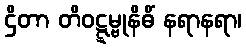
ဌိတာ တိဝဋ္ဋမ္ဗုနိဓိံ နရာနရာ၊